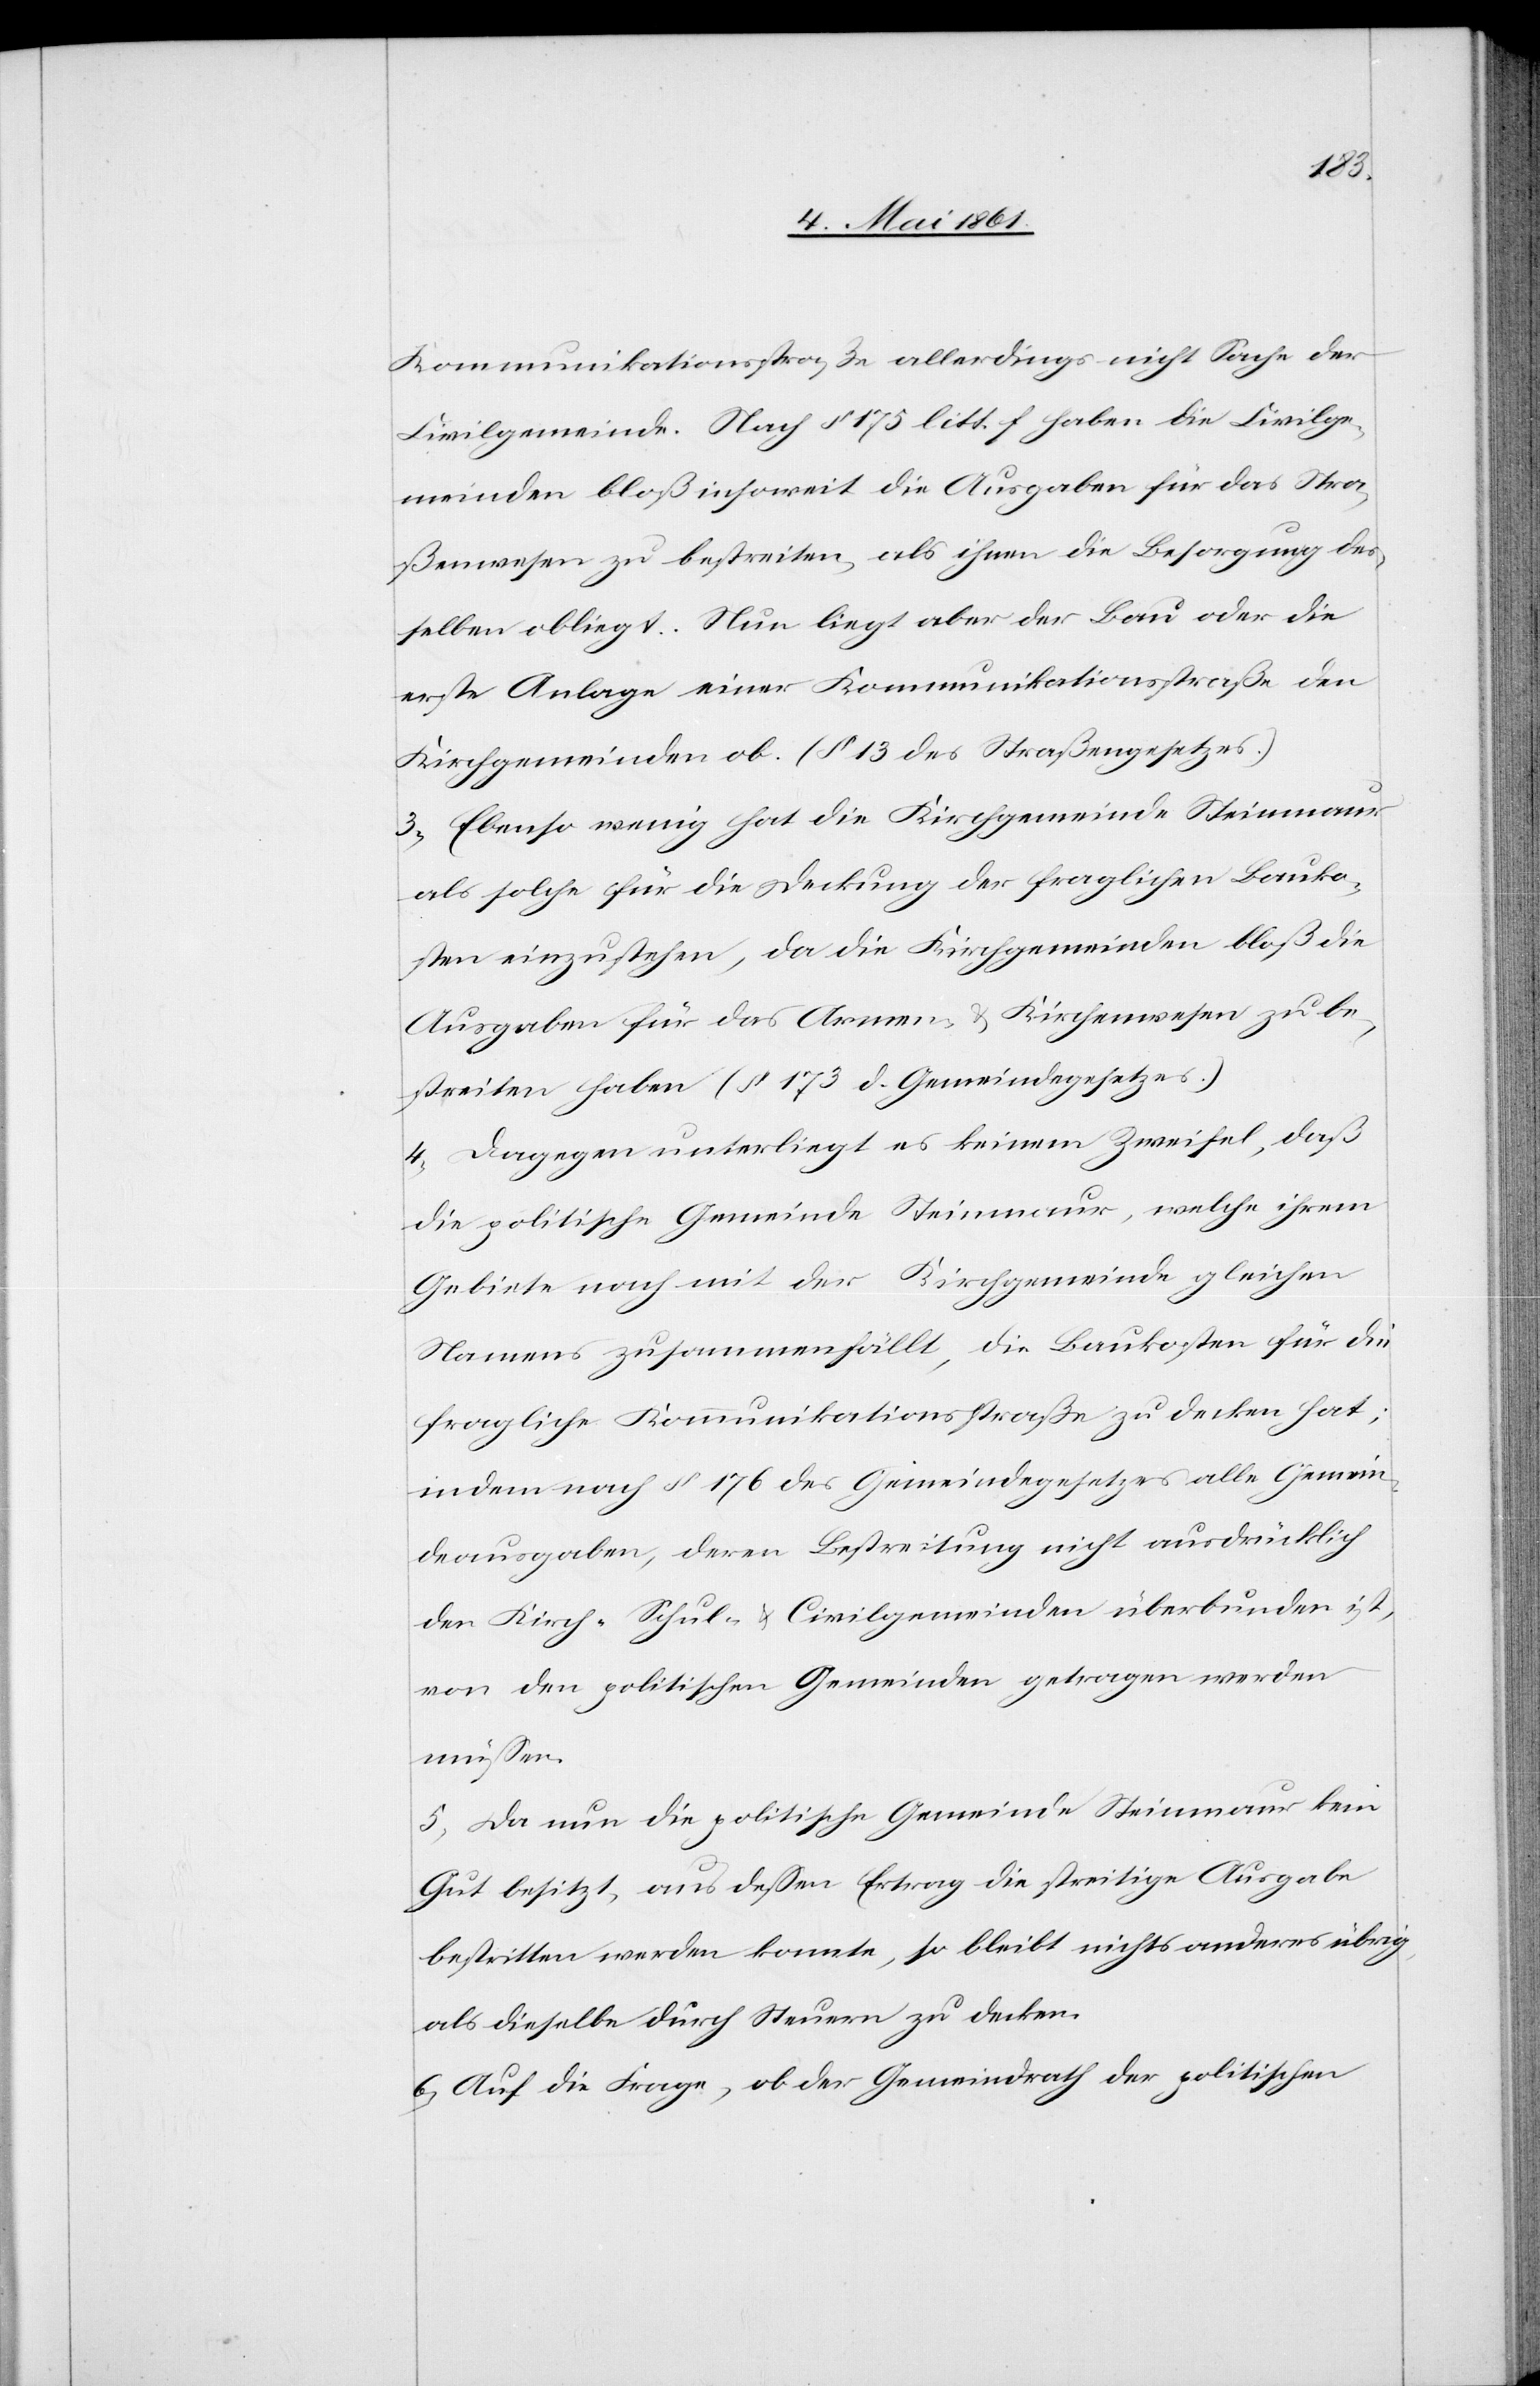
Kommunikationsstraße allerdings nicht Sache der
Civilgemeinde. Nach § 175 litt. f haben die Civilge¬
meinden bloß insoweit die Ausgaben für das Stra¬
ßenwesen zu bestreiten, als ihnen die Besorgung des¬
selben obliegt. Nun liegt aber der Bau oder die
erste Anlage einer Kommunikationsstraße den
Kirchgemeinden ob. (§ 13 des Straßengesetzes.)
3) Ebenso wenig hat die Kirchgemeinde Steinmaur
als solche für die Deckung der fraglichen Bauko¬
sten einzustehen, da die Kirchgemeinden bloß die
Ausgaben für das Armen- u. Kirchenwesen zu be¬
streiten haben (§ 713 d. Gemeindegesetzes.)
4) Dagegen unterliegt es keinem Zweifel, daß
die politische Gemeinde Steinmaur, welche ihrem
Gebiete nach mit der Kirchgemeinde gleichen
Namens zusammenfällt, die Baukosten für die
fragliche Kommunikationsstraße zu decken hat;
indem nach § 176 des Gemeindegesetzes alle Gemein¬
deausgaben, deren Bestreitung nicht ausdrücklich
den Kirch- Schul- u. Civilgemeinden überbunden ist,
von den politischen Gemeinden getragen werden
müssen.
5) Da nun die politische Gemeinde Steinmaur kein
Gut besitzt, aus dessen Ertrag die streitige Ausgabe
bestritten werden konnte, so bleibt nichts anderes übrig
als dieselbe durch Steuern zu decken.
6) Auf die Frage, ob der Gemeindrath der politischen